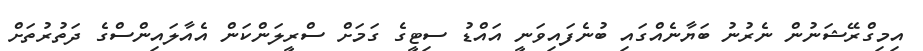
އިމިގްރޭޝަނުން ނެރުނު ބަޔާނެއްގައި ބުނެފައިވަނީ އައްޑު ސިޓީގެ ގަމަށް ސްރީލަންކަން އެއާލައިންސްގެ ދަތުރުތަށް